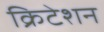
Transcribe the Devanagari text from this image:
क्रिटेशन